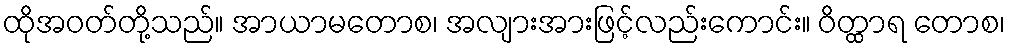
ထိုအဝတ်တို့သည်။ အာယာမတောစ၊ အလျားအားဖြင့်လည်းကောင်း။ ဝိတ္ထာရ တောစ၊